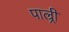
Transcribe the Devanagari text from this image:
पाल्र्री